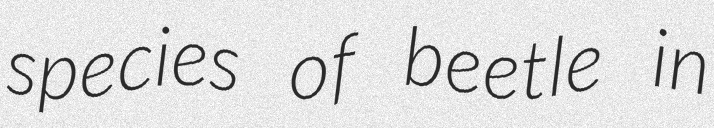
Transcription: species of beetle in